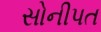
સોનીપત